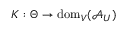
K : \Theta \to \mathrm { d o m } _ { V } ( \mathcal { A } _ { U } )